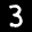
Label: 3